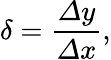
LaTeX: \delta=\frac{\varDelta y}{\varDelta x},